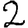
Digit: 2